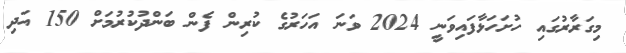
މިގަރާރުގައި ހުށަހަޅާފައިވަނީ 2024 ވަނަ އަހަރުގެ ކުރިން ފެން ބަންދުކުރުމަށް 150 އަދި